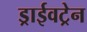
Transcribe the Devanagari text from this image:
ड्राईवट्रेन